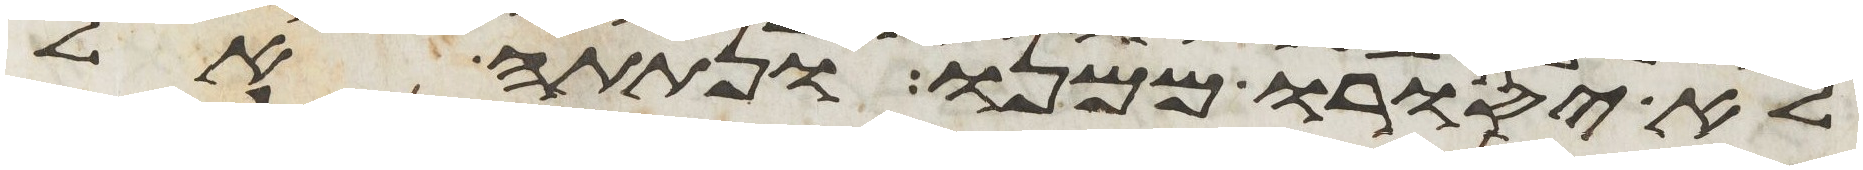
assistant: לא יסורו ממנו ונתתה אל